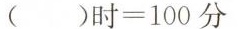
$$() 时 = 1 0 0分￥4